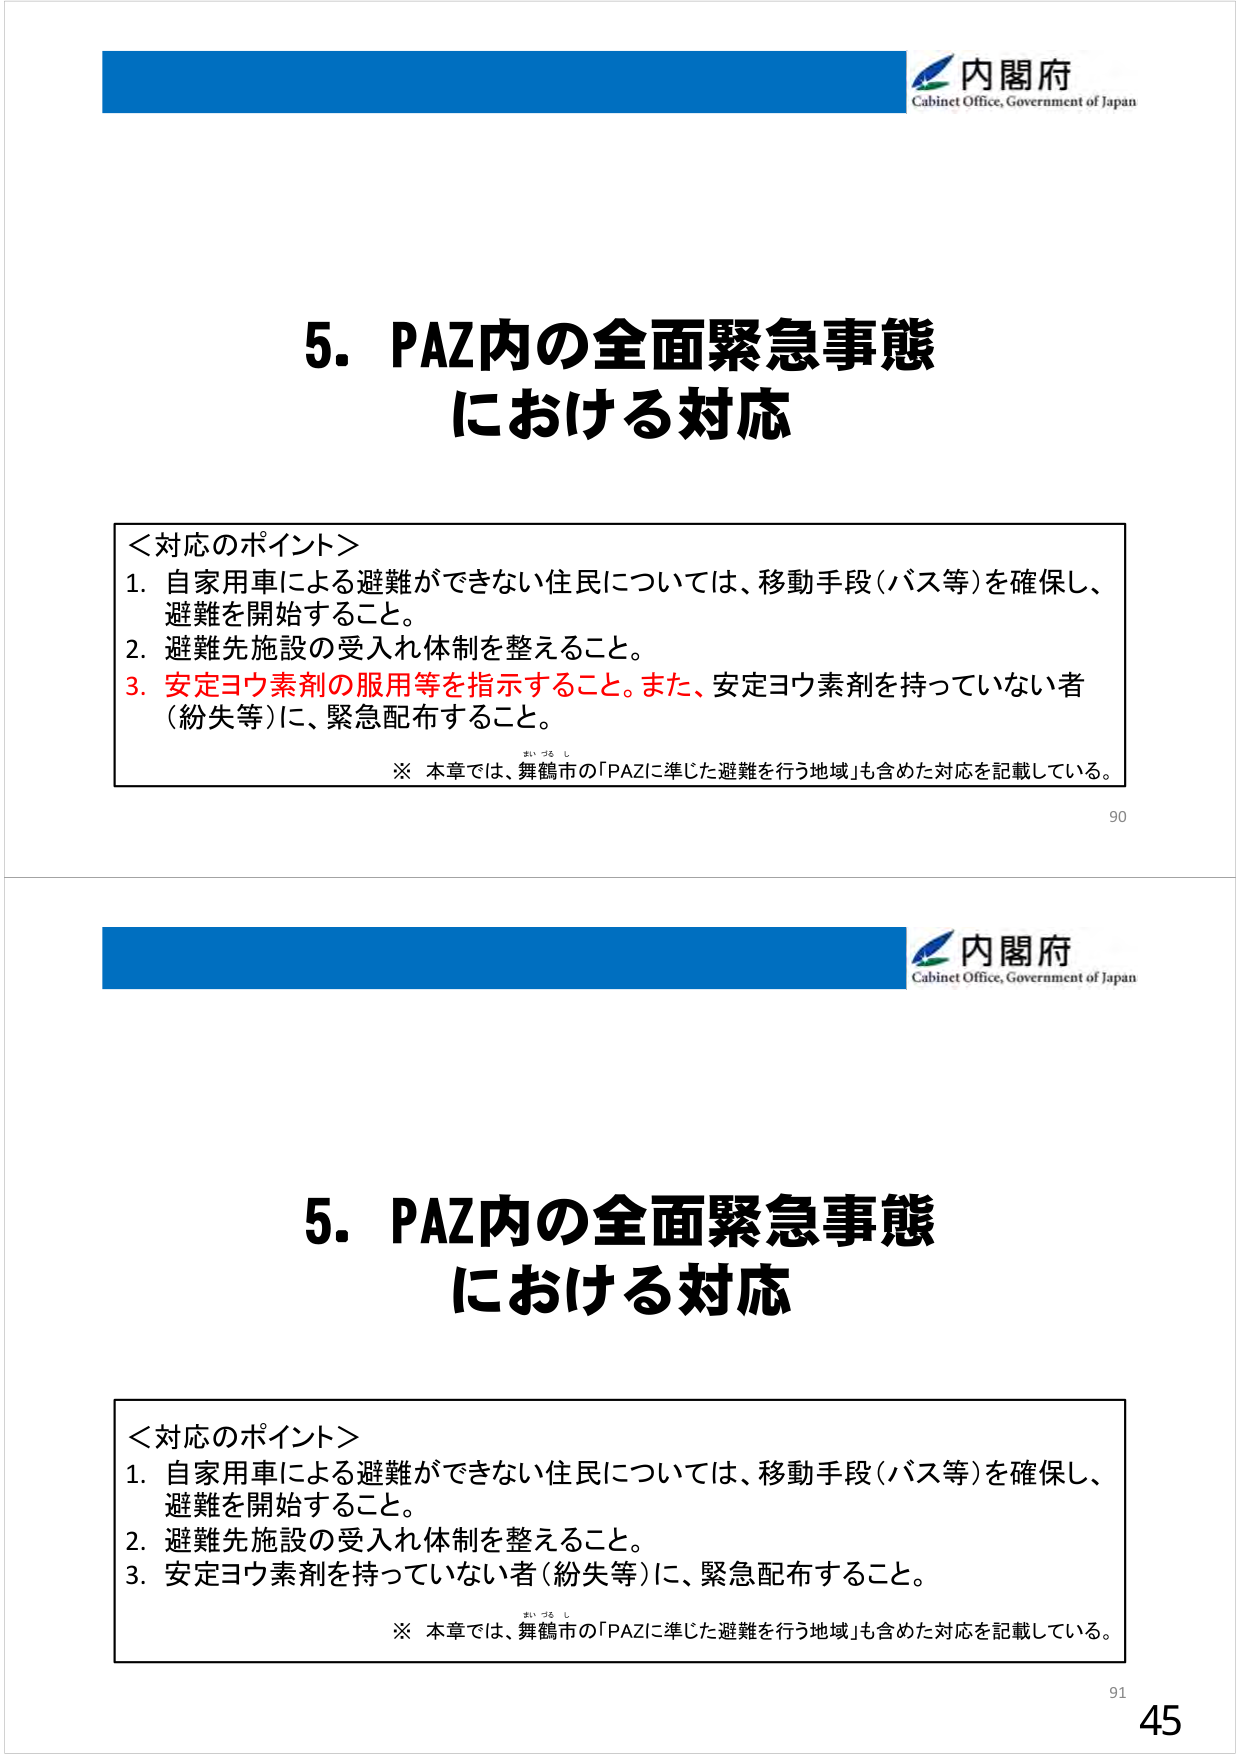
内閣府
Cabinet Office, Government of Japan

5．PAZ内の全面緊急事態
における対応

＜対応のポイント＞
1．自家用車による避難ができない住民については、移動手段（バス等）を確保し、
　避難を開始すること。
2．避難先施設の受入れ体制を整えること。
3．安定ヨウ素剤の服用等を指示すること。また、安定ヨウ素剤を持っていない者
　（紛失等）に、緊急配布すること。

※ 本章では、舞鶴市の「PAZに準じた避難を行う地域」も含めた対応を記載している。

90

内閣府
Cabinet Office, Government of Japan

5．PAZ内の全面緊急事態
における対応

＜対応のポイント＞
1．自家用車による避難ができない住民については、移動手段（バス等）を確保し、
　避難を開始すること。
2．避難先施設の受入れ体制を整えること。
3．安定ヨウ素剤を持っていない者（紛失等）に、緊急配布すること。

※ 本章では、舞鶴市の「PAZに準じた避難を行う地域」も含めた対応を記載している。

91
45